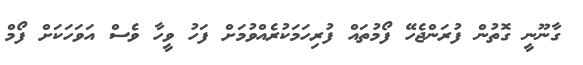
ގާނޫނީ ގޮތުން ފުރަންޖެހޭ ފޯމުތައް ފުރިހަމަކުރެއްވުމަށް ފަހު ވީހާ ވެސް އަވަހަކަށް ފޯމް